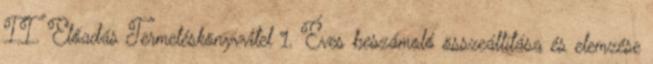
II. Előadás Termeléskönyvvitel 1. Éves beszámoló összeállítása és elemzése